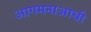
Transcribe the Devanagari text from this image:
आगमनाआधी